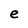
Character: e